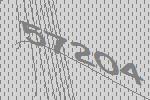
57204